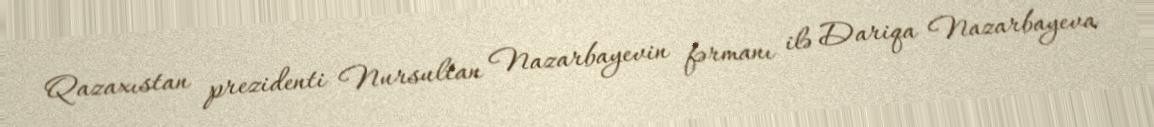
Qazaxıstan prezidenti Nursultan Nazarbayevin fərmanı ilə Dariqa Nazarbayeva